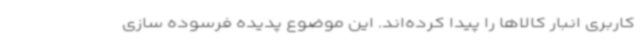
کاربری انبار کالاها را پیدا کرده‌اند. این موضوع پدیده فرسوده سازی